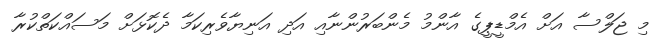
މި ޖަލްސާ އަށް އެމްޑީޕީގެ އާންމު މެންބަރުންނާއި އަދި އަނިޔާވެރިކަމާ ދެކޮޅަށް މަސައްކަތްކުރާ